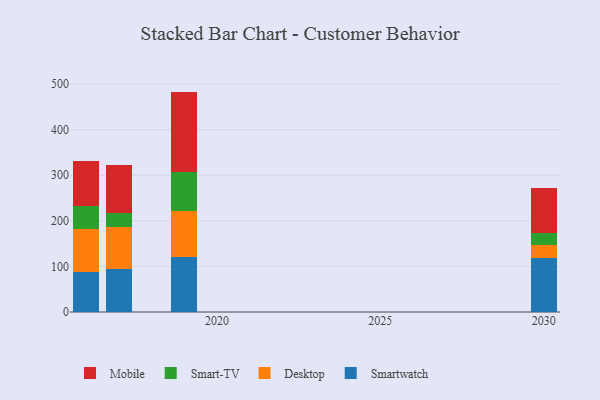
{"axis": {"x": "Year", "y": "Production Output"}, "legend": ["Desktop", "Mobile", "Smart-TV", "Smartwatch"], "data": [{"x": "2016", "y": 87.6, "type": "Smartwatch"}, {"x": "2016", "y": 95.5, "type": "Desktop"}, {"x": "2016", "y": 49.6, "type": "Smart-TV"}, {"x": "2016", "y": 98.1, "type": "Mobile"}, {"x": "2019", "y": 119.8, "type": "Smartwatch"}, {"x": "2019", "y": 101.5, "type": "Desktop"}, {"x": "2019", "y": 86.6, "type": "Smart-TV"}, {"x": "2019", "y": 175.7, "type": "Mobile"}, {"x": "2030", "y": 118.7, "type": "Smartwatch"}, {"x": "2030", "y": 28.2, "type": "Desktop"}, {"x": "2030", "y": 25.7, "type": "Smart-TV"}, {"x": "2030", "y": 100.5, "type": "Mobile"}, {"x": "2017", "y": 95.3, "type": "Smartwatch"}, {"x": "2017", "y": 90.2, "type": "Desktop"}, {"x": "2017", "y": 31.8, "type": "Smart-TV"}, {"x": "2017", "y": 105.3, "type": "Mobile"}]}